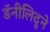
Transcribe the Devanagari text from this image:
डॅनीलिदूने